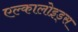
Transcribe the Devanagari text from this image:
एल्कालोइड्स